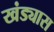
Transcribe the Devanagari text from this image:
खंड्यास